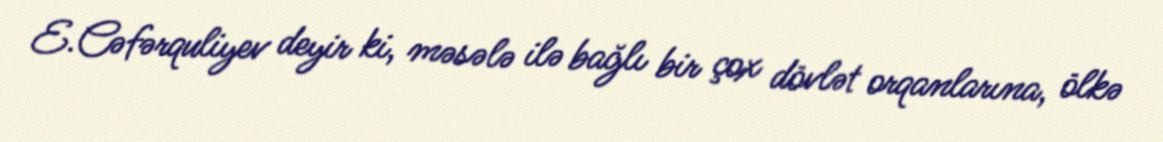
E.Cəfərquliyev deyir ki, məsələ ilə bağlı bir çox dövlət orqanlarına, ölkə